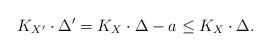
LaTeX: \begin{align*}K_{X^{\prime}}\cdot \Delta^{\prime}=K_X\cdot \Delta -a \leq K_X\cdot \Delta.\end{align*}